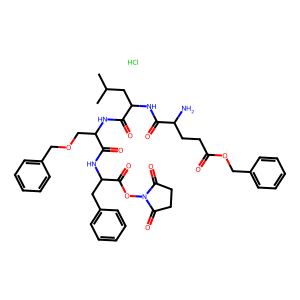
SMILES: CC(C)CC(NC(=O)C(N)CCC(=O)OCc1ccccc1)C(=O)NC(COCc1ccccc1)C(=O)NC(Cc1ccccc1)C(=O)ON1C(=O)CCC1=O.Cl
Inhibits HIV replication: No